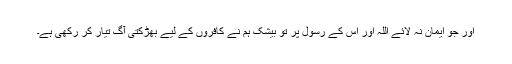
اور جو ایمان نہ لائے اللہ اور اس کے رسول پر تو بیشک ہم نے کافروں کے لیے بھڑکتی آگ تیار کر رکھی ہے۔